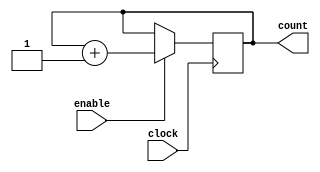
`timescale 1ns/100ps //unit time is 1ns, resolution 100ps


//Design Name: counter_8
//Function: an 8-bit synchronous counter with enable input

module counter_8 (
	clock, 
	enable, 
	count
);


//-----Declare ports----

	parameter BIT_SZ = 8;
	input clock;
	input enable; 
	output [BIT_SZ-1:0] count; 
	
//count needs to be declared as reg
	reg [BIT_SZ-1:0] count;
	
//---------always initialise storage elements such as D-FF
	initial count = 0;
	
//----Main body of the module -----

	always @ (posedge clock)
		if (enable == 1'b1)
			count <= count+1'b1;
			
endmodule